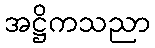
အဋ္ဌိကသညာ